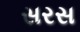
સરસ